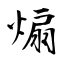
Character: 煽